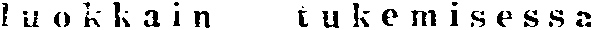
luokkain tukemisessa